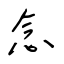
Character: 念